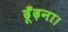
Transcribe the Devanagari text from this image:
ढूँढ़ना।